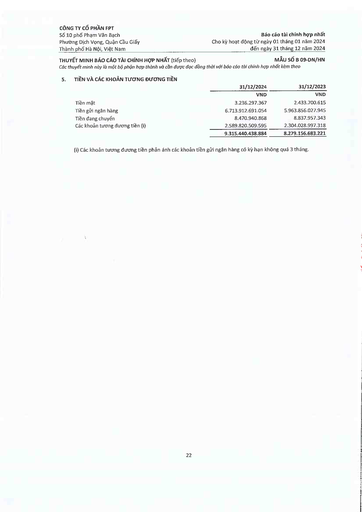
||31/12/2024|31/12/2023| |---|---|---| ||VND|VND| |Tiền mặt|3.236.297.367|2.433.700.615| |Tiền gửi ngân hàng|6.713.912.691.054|5.963.856.027.945| |Tiền đang chuyển|8.470.940.868|8.837.957.343| |Các khoản tương đương tiền (i)|2.589.820.509.595|2.304.028.997.318| ||9.315.440.438.884|8.279.156.683.221|